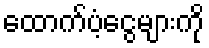
ထောက်ပံ့ငွေများကို